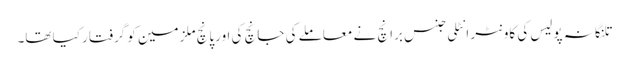
تلنگانہ پولیس کی کاونٹر انٹلی جنس برانچ نے معاملے کی جانچ کی اورپانچ ملزمین کو گرفتار کیا تھا۔